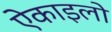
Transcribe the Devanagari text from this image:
ऐकाइलो